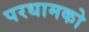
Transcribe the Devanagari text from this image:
परधामको